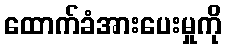
ထောက်ခံအားပေးမှုကို